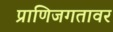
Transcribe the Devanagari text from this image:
प्राणिजगतावर